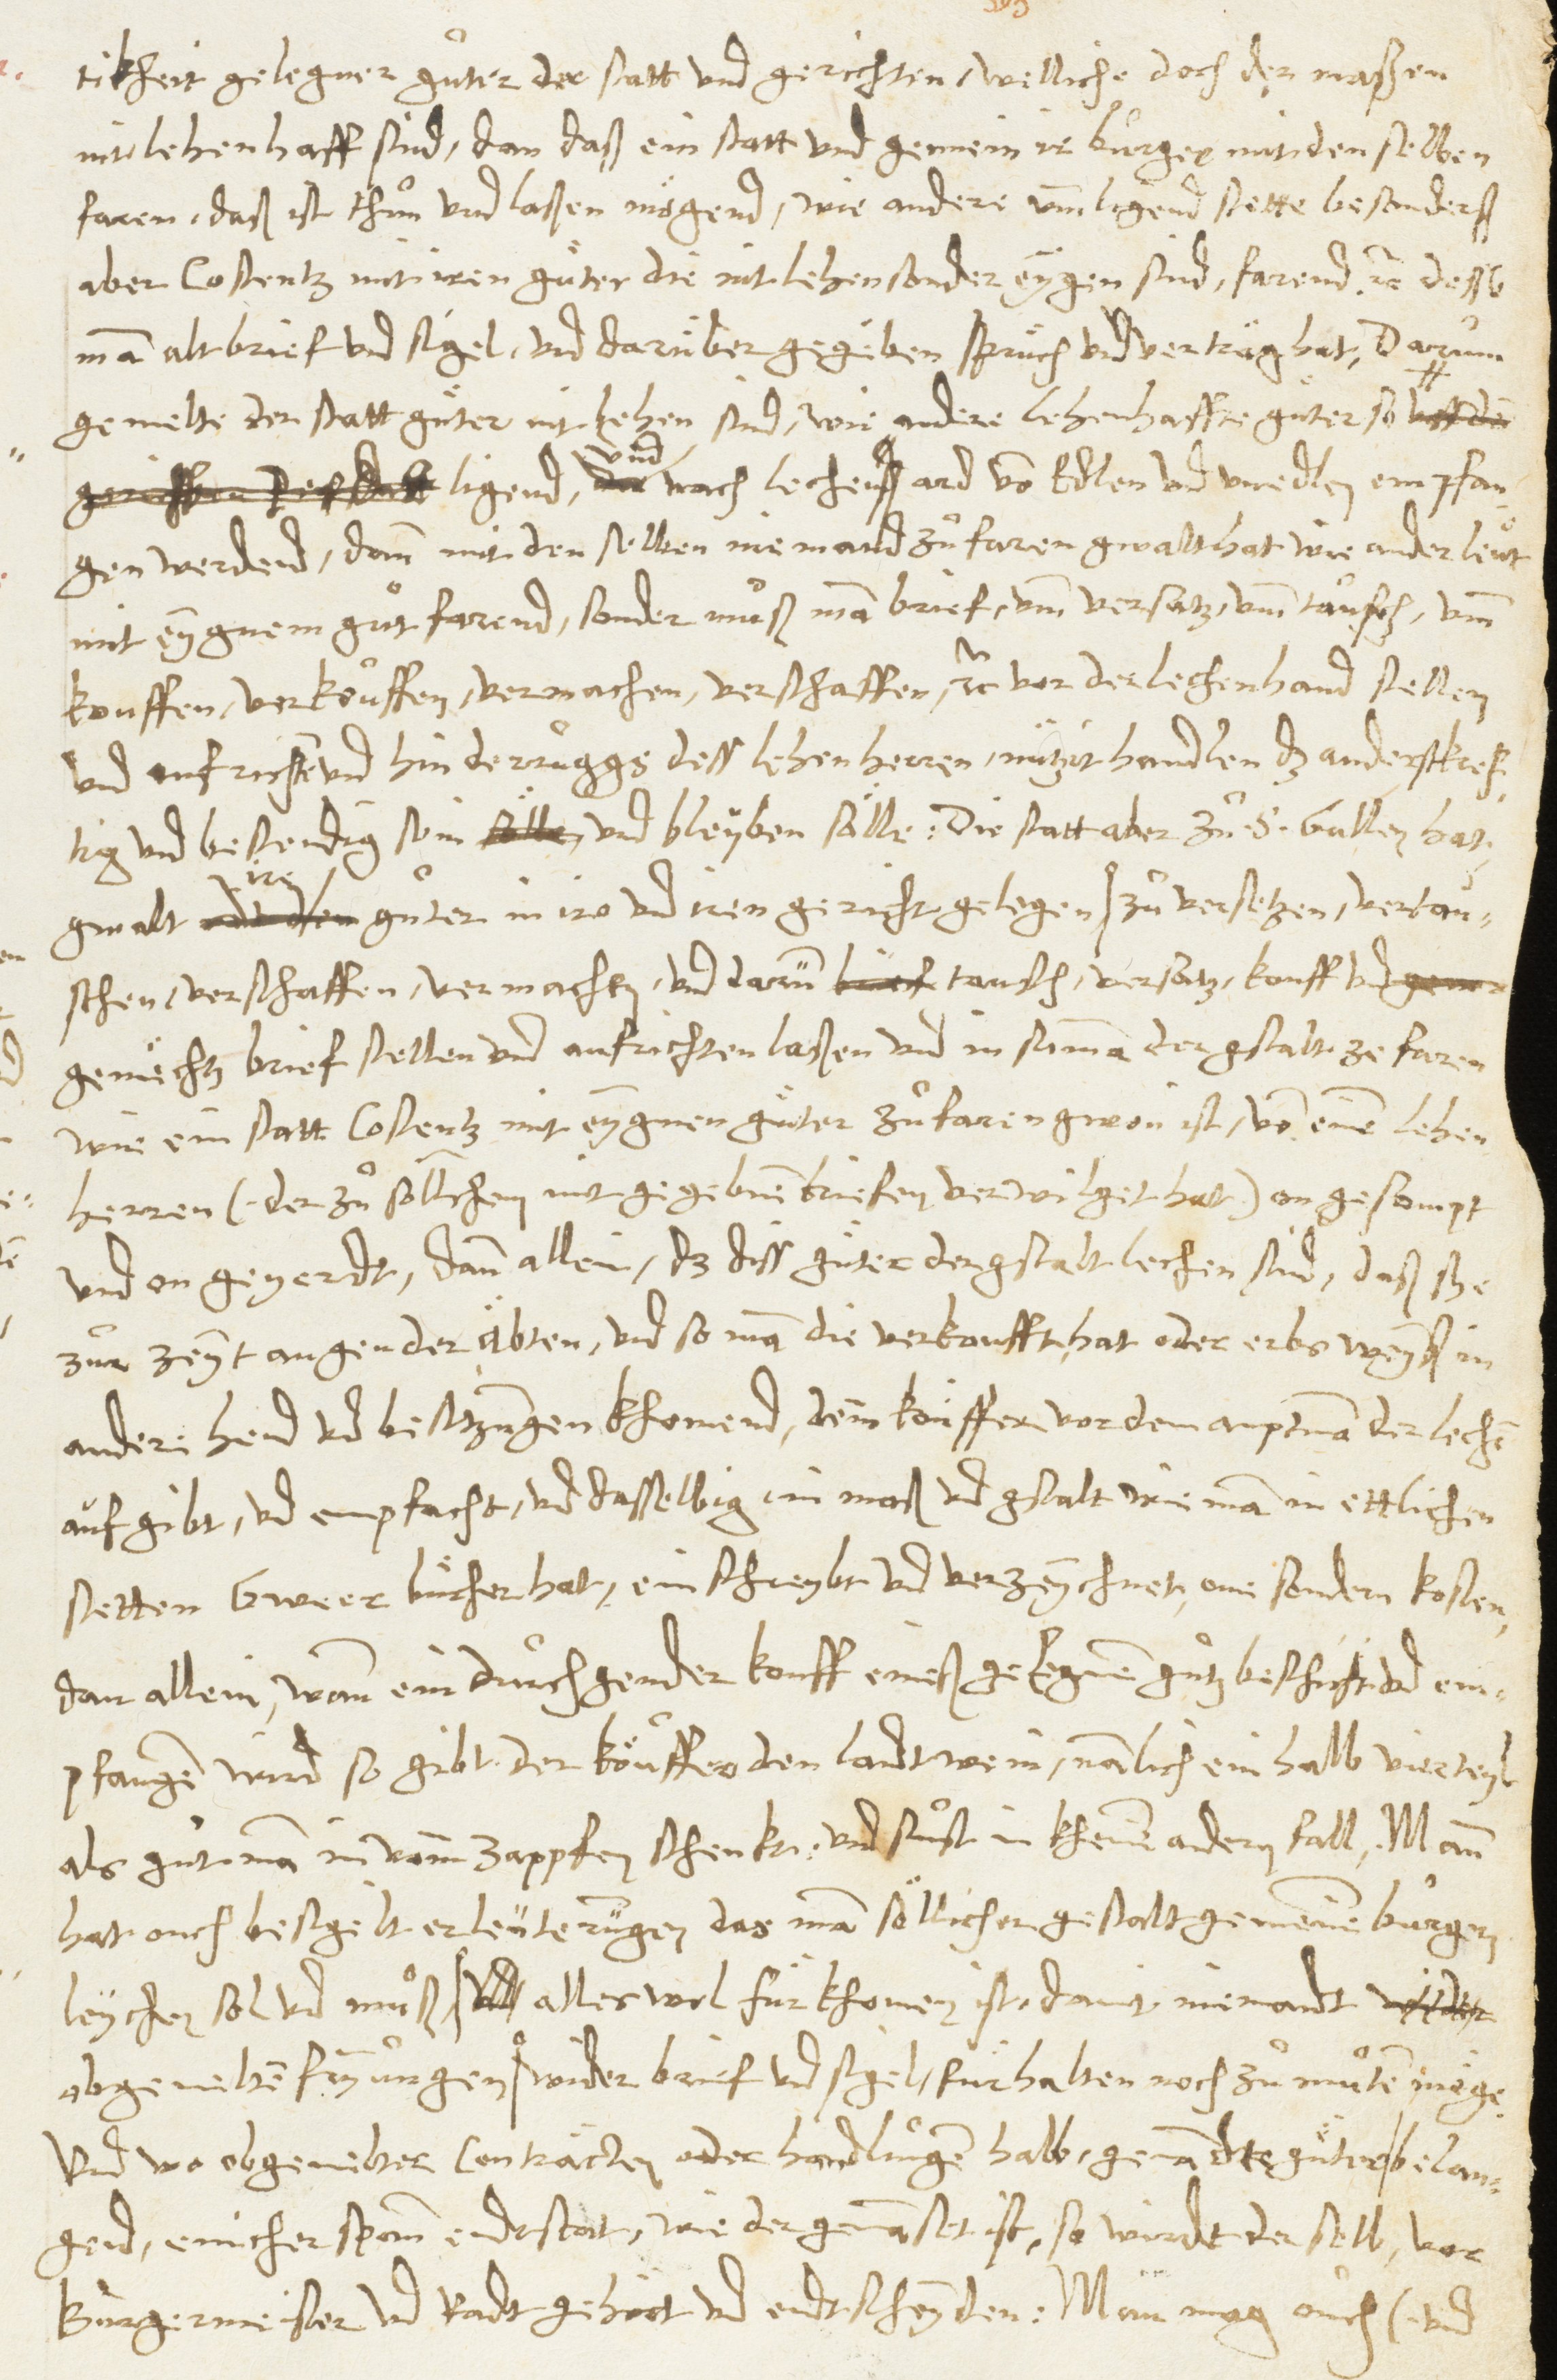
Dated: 1545–1546